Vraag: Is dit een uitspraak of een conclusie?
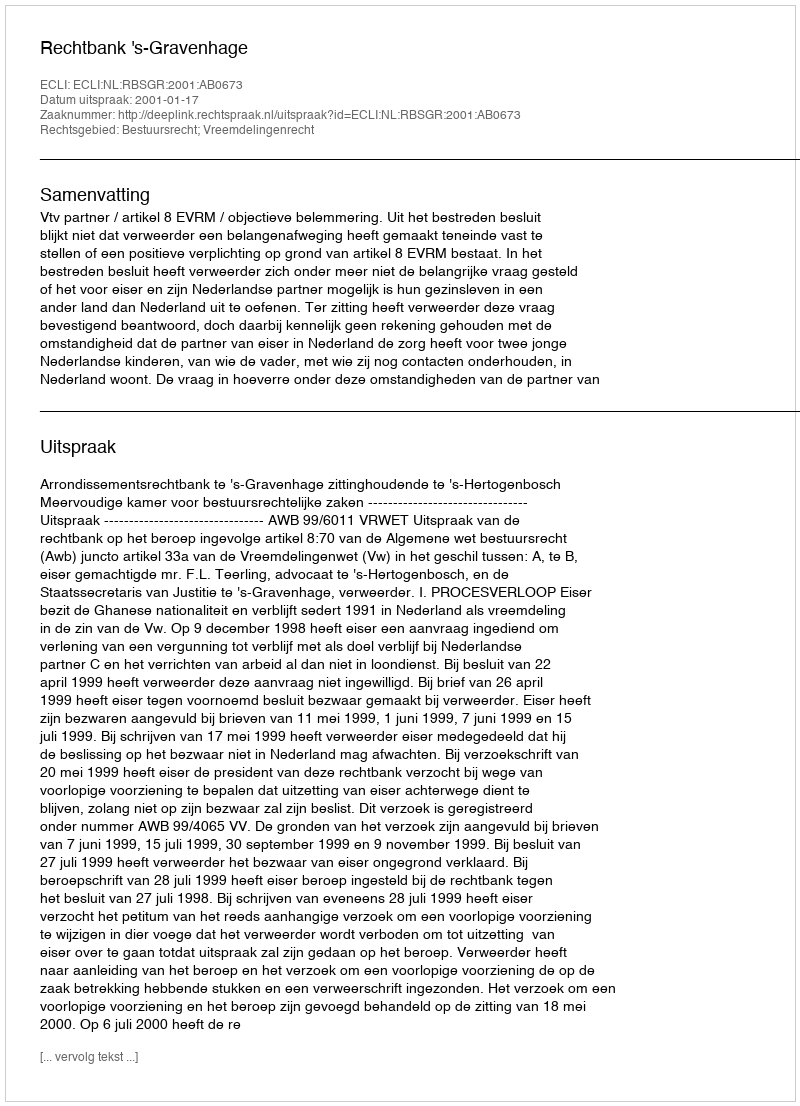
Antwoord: Uitspraak